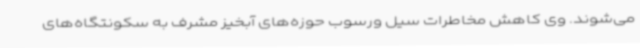
می‌شوند. وی کاهش مخاطرات سیل ورسوب حوزه‌های آبخیز مشرف به سکونتگاه‌های